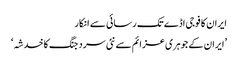
ایران کا فوجی اڈے تک رسائی سے انکار
’ایران کے جوہری عزائم سے نئی سرد جنگ کا خدشہ‘